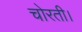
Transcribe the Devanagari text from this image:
चोरती।